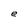
Character: e